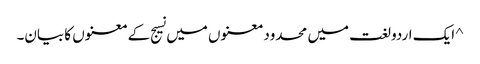
^ ایک اردو لغت میں محدود معنوں میں نسیج کے معنوں کا بیان۔